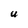
Character: U